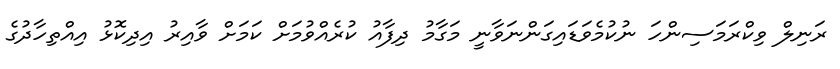
ރަނިލް ވިކްރަމަސިންހަ ނުކުމެވަޑައިގަންނަވާނީ މަގާމު ދިފާއު ކުރެއްވުމަށް ކަމަށް ވާއިރު އިދިކޮޅު އިއްތިހާދުގެ